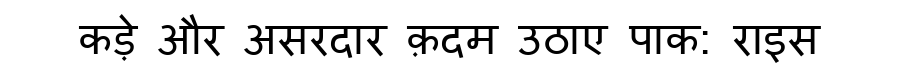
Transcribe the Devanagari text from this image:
कड़े और असरदार क़दम उठाए पाक: राइस